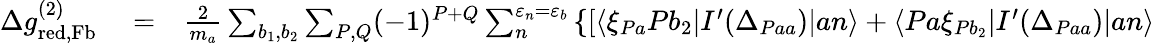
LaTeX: \begin{array}{rlr}{\Delta g_{\mathrm{red,Fb}}^{(2)}}&{{}=}&{\frac{2}{m_{a}}\sum_{b_{1},b_{2}}\sum_{P,Q}(-1)^{P+Q}\sum_{n}^{\varepsilon_{n}=\varepsilon_{b}}\left\{ \left[\langle\xi_{Pa}Pb_{2}|I^{\prime}(\Delta_{Paa})|an\rangle+\langle Pa\xi_{Pb_{2}}|I^{\prime}(\Delta_{Paa})|an\rangle\right.\right.}\end{array}